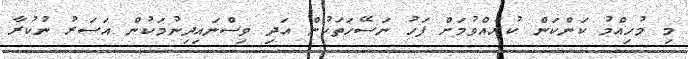
މި މުހިއްމު ކަންކަން ކުރެއްވުމަށް ފަހު ނަސޭހަތަކުން އަދި ވިސްނައިދިނުމަކުން އަސަރު ނުކުރާ